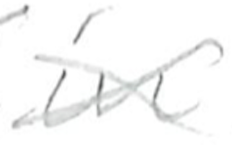
Text: in
Cross-out: cross
Writing tool: pencil